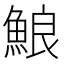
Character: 𩷕